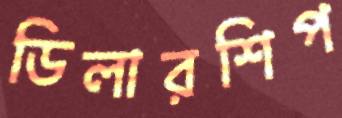
ডিলারশিপ